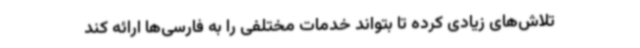
تلاش‌های زیادی کرده تا بتواند خدمات مختلفی را به فارسی‌ها ارائه کند